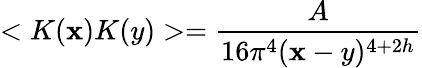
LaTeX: <K(\mathbf{x})K(y)>=\frac{{A}}{{16\pi^{4}(\mathbf{x}-y)^{4+2h}}}